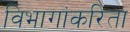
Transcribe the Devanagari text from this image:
विभागांकरिता